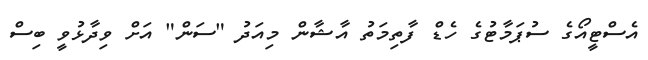
އެސްޓީއޯގެ ސުޕަމާޓުގެ ހެޑް ފާތިމަތު އާޝާން މިއަދު "ސަން" އަށް ވިދާޅުވީ ބިސް